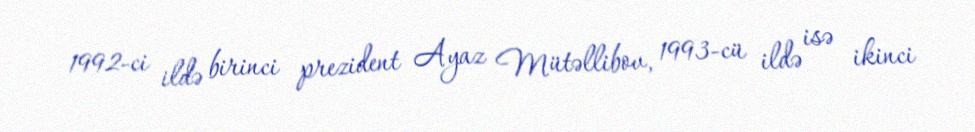
1992-ci ildə birinci prezident Ayaz Mütəllibov, 1993-cü ildə isə ikinci